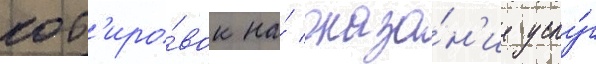
кот'иро́вок на́ оказа́н'ие услу́г